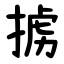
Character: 掳